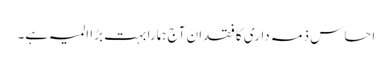
احساس ذمہ داری کا فقدان آج ہمارا بہت بڑا المیہ ہے۔